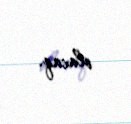
olacaq.